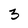
Character: 3